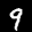
Label: 9